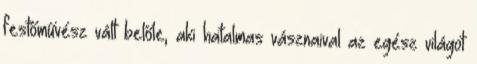
festőművész vált belőle, aki hatalmas vásznaival az egész világot